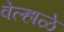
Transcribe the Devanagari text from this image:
वेल्हाळे